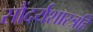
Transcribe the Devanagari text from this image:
सौंदर्यशास्त्रहि